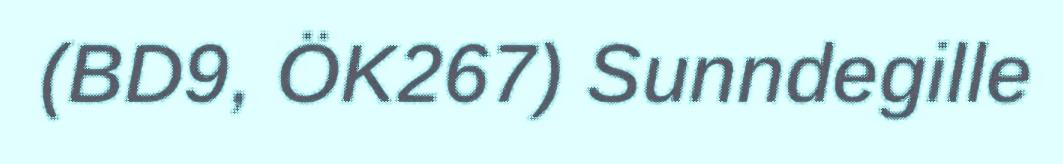
(BD9, ÖK267) Sunndegille